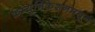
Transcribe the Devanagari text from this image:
कम्युनिकेशनमधून